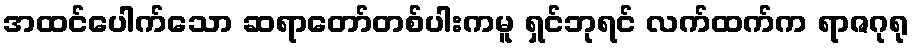
အထင်ပေါက်သော ဆရာတော်တစ်ပါးကမူ ရှင်ဘုရင် လက်ထက်က ရာဇဂုရု